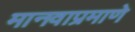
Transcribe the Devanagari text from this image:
मानवाप्रमाणे